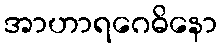
အာဟာရဂေဓိနော